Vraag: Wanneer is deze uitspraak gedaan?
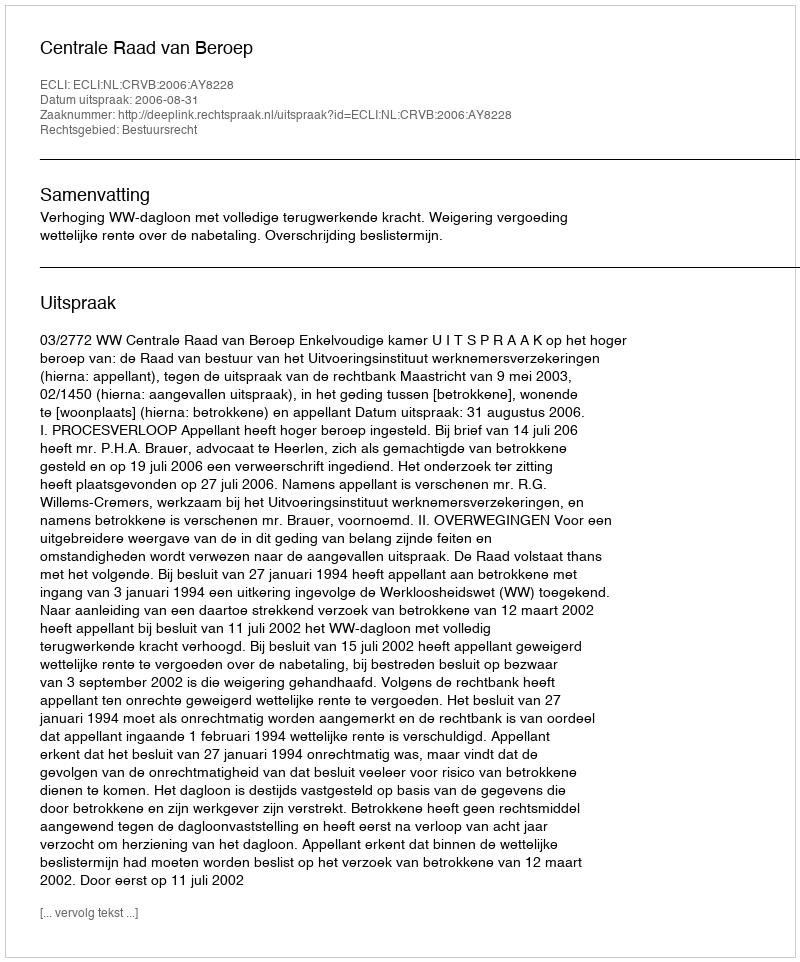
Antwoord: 2006-08-31